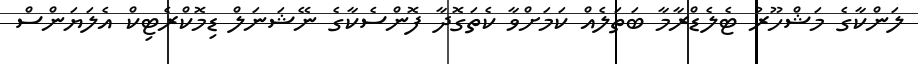
ލަންކާގެ މަޝްހޫރު ޓެލެޑްރާމާ ބަތަލެއް ކަމަށްވާ ކެތަގޮދާ ފޮންސެކާގެ ނޭޝަނަލް ޑިމޮކްރެޓިކް އެލަޔަންސް